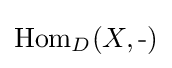
{\text{Hom}}_{D}(X,{\text{-}})